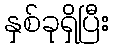
နှစ်ခုရှိပြီး